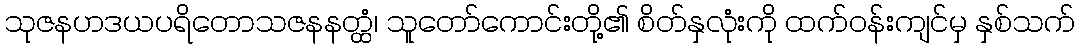
သုဇနဟဒယပရိတောသဇနနတ္ထံ၊ သူတော်ကောင်းတို့၏ စိတ်နှလုံးကို ထက်ဝန်းကျင်မှ နှစ်သက်